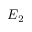
E _ { 2 }